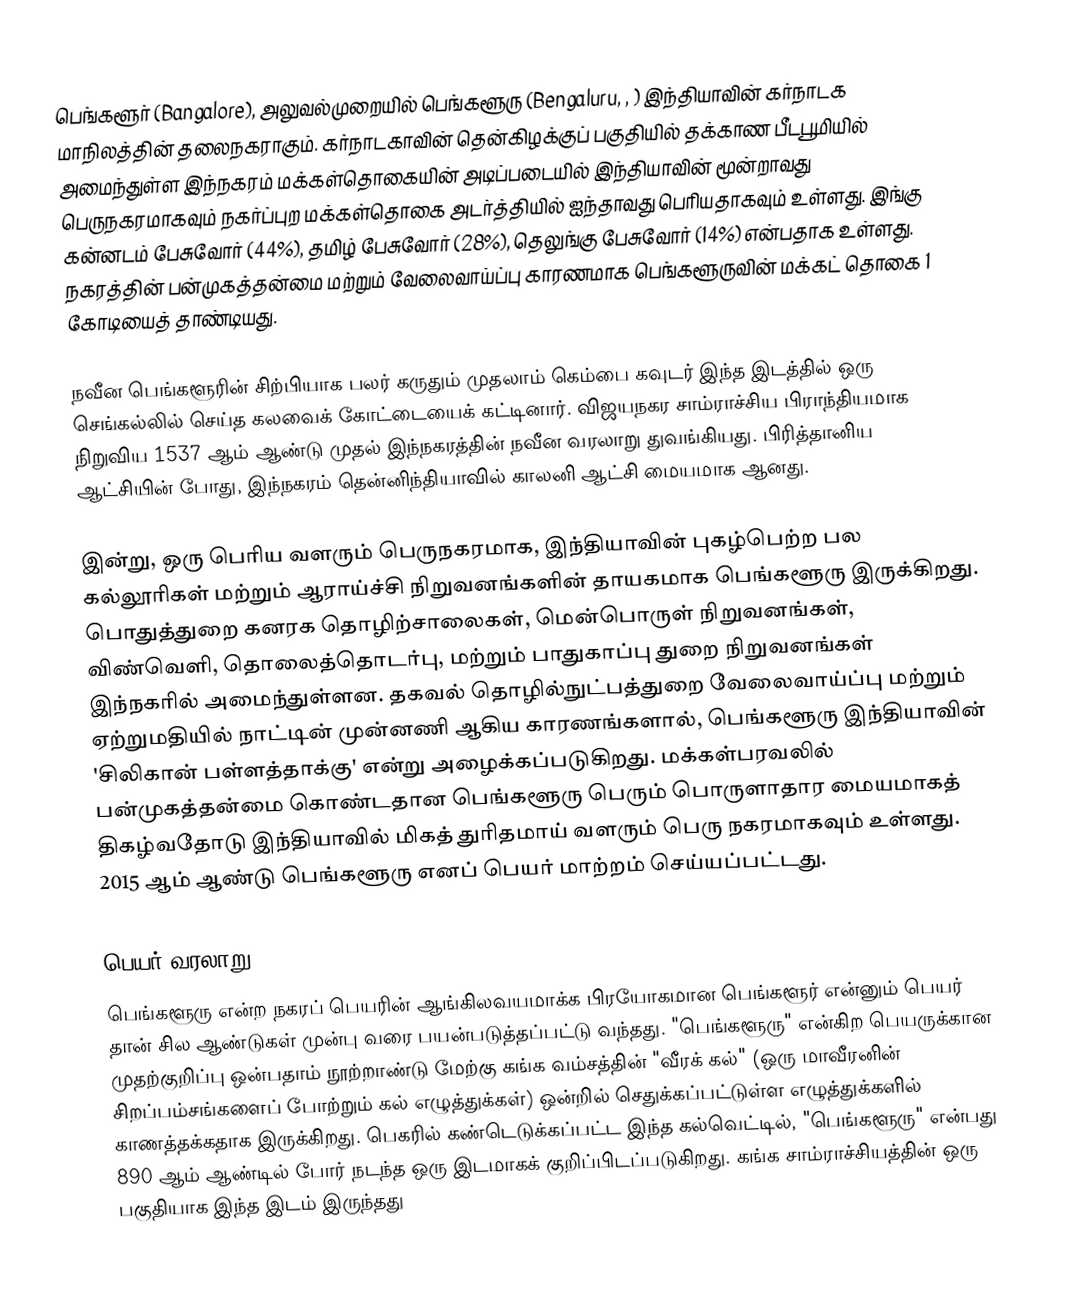
பெங்களூர் (Bangalore), அலுவல்முறையில் பெங்களூரு (Bengaluru, , ) இந்தியாவின் கர்நாடக மாநிலத்தின் தலைநகராகும். கர்நாடகாவின் தென்கிழக்குப் பகுதியில் தக்காண பீடபூமியில் அமைந்துள்ள இந்நகரம் மக்கள்தொகையின் அடிப்படையில் இந்தியாவின் மூன்றாவது பெருநகரமாகவும் நகர்ப்புற மக்கள்தொகை அடர்த்தியில் ஐந்தாவது பெரியதாகவும் உள்ளது. இங்கு கன்னடம் பேசுவோர் (44%), தமிழ் பேசுவோர் (28%), தெலுங்கு பேசுவோர் (14%) என்பதாக உள்ளது. நகரத்தின் பன்முகத்தன்மை மற்றும் வேலைவாய்ப்பு காரணமாக பெங்களூருவின் மக்கட் தொகை 1 கோடியைத் தாண்டியது.

நவீன பெங்களூரின் சிற்பியாக பலர் கருதும் முதலாம் கெம்பை கவுடர் இந்த இடத்தில் ஒரு செங்கல்லில் செய்த கலவைக் கோட்டையைக் கட்டினார். விஜயநகர சாம்ராச்சிய பிராந்தியமாக நிறுவிய 1537 ஆம் ஆண்டு முதல் இந்நகரத்தின் நவீன வரலாறு துவங்கியது. பிரித்தானிய ஆட்சியின் போது, இந்நகரம் தென்னிந்தியாவில் காலனி ஆட்சி மையமாக ஆனது.

இன்று, ஒரு பெரிய வளரும் பெருநகரமாக, இந்தியாவின் புகழ்பெற்ற பல கல்லூரிகள் மற்றும் ஆராய்ச்சி நிறுவனங்களின் தாயகமாக பெங்களூரு இருக்கிறது. பொதுத்துறை கனரக தொழிற்சாலைகள், மென்பொருள் நிறுவனங்கள், விண்வெளி, தொலைத்தொடர்பு, மற்றும் பாதுகாப்பு துறை நிறுவனங்கள் இந்நகரில் அமைந்துள்ளன. தகவல் தொழில்நுட்பத்துறை வேலைவாய்ப்பு மற்றும் ஏற்றுமதியில் நாட்டின் முன்னணி ஆகிய காரணங்களால், பெங்களூரு இந்தியாவின் 'சிலிகான் பள்ளத்தாக்கு' என்று அழைக்கப்படுகிறது. மக்கள்பரவலில் பன்முகத்தன்மை கொண்டதான பெங்களூரு பெரும் பொருளாதார மையமாகத் திகழ்வதோடு இந்தியாவில் மிகத் துரிதமாய் வளரும் பெரு நகரமாகவும் உள்ளது. 2015 ஆம் ஆண்டு பெங்களூரு எனப் பெயர் மாற்றம் செய்யப்பட்டது.

பெயர் வரலாறு
பெங்களூரு என்ற நகரப் பெயரின் ஆங்கிலவயமாக்க பிரயோகமான பெங்களூர் என்னும் பெயர் தான் சில ஆண்டுகள் முன்பு வரை பயன்படுத்தப்பட்டு வந்தது. "பெங்களூரு" என்கிற பெயருக்கான முதற்குறிப்பு ஒன்பதாம் நூற்றாண்டு மேற்கு கங்க வம்சத்தின் "வீரக் கல்" (ஒரு மாவீரனின் சிறப்பம்சங்களைப் போற்றும் கல் எழுத்துக்கள்) ஒன்றில் செதுக்கப்பட்டுள்ள எழுத்துக்களில் காணத்தக்கதாக இருக்கிறது. பெகரில் கண்டெடுக்கப்பட்ட இந்த கல்வெட்டில், "பெங்களூரு" என்பது 890 ஆம் ஆண்டில் போர் நடந்த ஒரு இடமாகக் குறிப்பிடப்படுகிறது. கங்க சாம்ராச்சியத்தின் ஒரு பகுதியாக இந்த இடம் இருந்தது